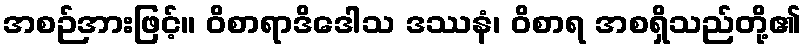
အစဉ်အားဖြင့်။ ဝိစာရာဒိဒေါသ ဒဿနံ၊ ဝိစာရ အစရှိသည်တို့၏